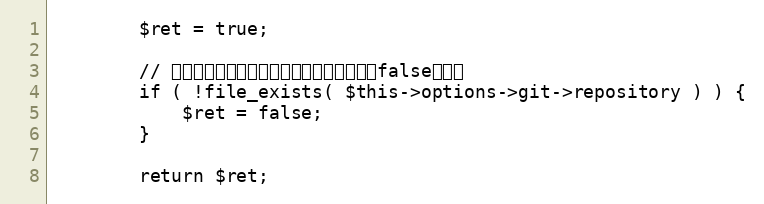
Language: PHP
		$ret = true;

		// デプロイ先のマスタブランチが無い場合はfalseを返す
		if ( !file_exists( $this->options->git->repository ) ) {
			$ret = false;
		}

		return $ret;